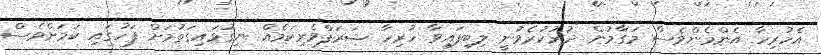
އެހުރިހާ އެންމެންވެސް މަގާމުން ދުރުކުރެވުނީ ލިބިފައިވާ ހުރިހާ ޝަރަފްވެރިކަމެއް ނިގުޅައިގަތުމަށް ފަހުގައި ކަމަށްވެސް